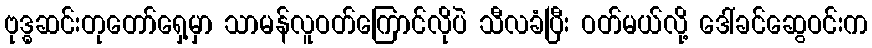
ဗုဒ္ဓဆင်းတုတော်ရှေ့မှာ သာမန်လူဝတ်ကြောင်လိုပဲ သီလခံပြီး ဝတ်မယ်လို့ ဒေါ်ခင်ဆွေဝင်းက